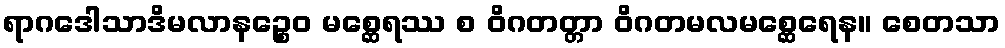
ရာဂဒေါသာဒိမလာနဉ္စေဝ မစ္ဆေရဿ စ ဝိဂတတ္တာ ဝိဂတမလမစ္ဆေရေန။ စေတသာ